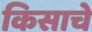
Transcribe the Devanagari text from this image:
किसाचे